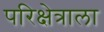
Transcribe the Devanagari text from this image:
परिक्षेत्राला